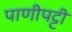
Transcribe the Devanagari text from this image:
पाणीपट्टी